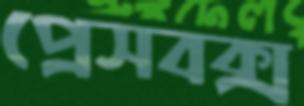
প্রেসবক্স